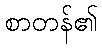
စာတန်၏